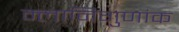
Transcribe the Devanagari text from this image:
म्लानिगुणांक